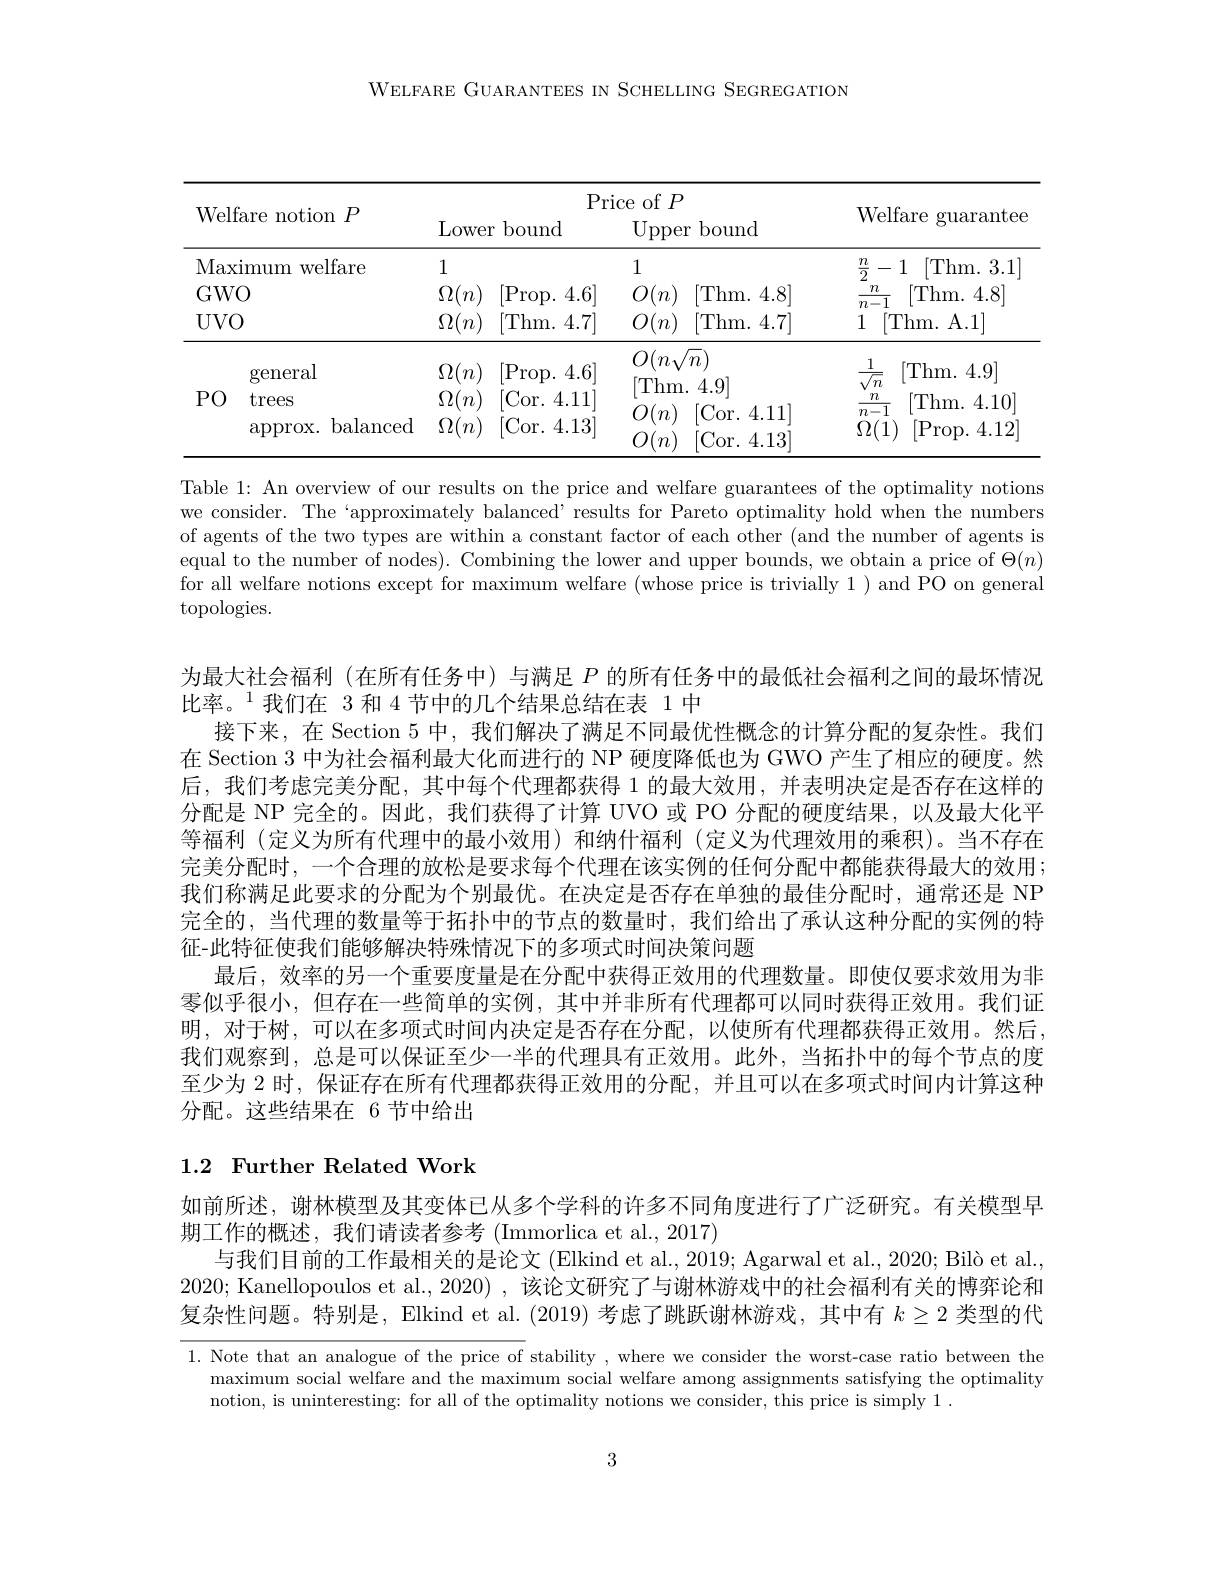
WELFARE GUARANTEES IN SCHELING SEGREGATION

<table>
	<tbody>
		<tr>
			<th colspan="2">Welfare notion $P$</th>
			<th>Lower</th>
			<th>$Pr$ bound</th>
			<th>e of $P$ ${\mathrm{Upper~bound}}$</th>
			<th>Welfare 1 guarantee</th>
		</tr>
		<tr>
			<td>$Max.$</td>
			<td>mum welfare</td>
			<td>1</td>
			<td> </td>
			<td>1</td>
			<td>$\frac{n}{2}-1$ [Thm.3.1]</td>
		</tr>
		<tr>
			<td>$GW($</td>
			<td> </td>
			<td>$\Omega($ $n$ </td>
			<td>[Prop.4.6]</td>
			<td>Thm. 4. 8</td>
			<td>$\boldsymbol{\eta}$ Thm. 4. 8 $n-1$</td>
		</tr>
		<tr>
			<td>$UVC$</td>
			<td> </td>
			<td>$\Omega(n)$</td>
			<td>[Thm. 4.7]</td>
			<td>$O(n)$ [Thm.4.7]</td>
			<td>[Thm. A.1] 1</td>
		</tr>
		<tr>
			<td rowspan="4">PO</td>
			<td>general</td>
			<td>$\Omega$ $m$</td>
			<td>[Prop.4.6]</td>
			<td>$O(n{\sqrt{n}})$</td>
			<td>[Thm.4.9]</td>
		</tr>
		<tr>
			<td>trees</td>
			<td>$\Omega$ $m$</td>
			<td>Cor. 4. 11</td>
			<td> </td>
			<td>$m$ [Thm. 4.10] T</td>
		</tr>
		<tr>
			<td>balanced $\operatorname{approx}.$</td>
			<td>$\Omega(n)$</td>
			<td>[Cor.4.13]</td>
			<td>Cor.4.11 Cor. 4. 13 $\eta$</td>
			<td>$\left|l_{1}-1\right|$ $\Omega(1)$ [Prop.4.12]</td>
		</tr>
		<tr>
			<td>$appp10\Lambda.$ DaldllCU 1 $\frac{1}{2}=\frac{1}{2}$</td>
			<td>$\Delta L(1l$,</td>
			<td>$\pm.10$ $VWL_{1}$</td>
			<td>$O(n)$ Cor. 4. 13</td>
			<td>1/11 $.0p.$ $4.1\angle$ 人 2</td>
		</tr>
	</tbody>
</table>

Table 1: An overview of our results on the price and welfare guarantees of the optimality notions we consider. The‘approximately balanced’results for Pareto optimality hold when the numbers of agents of the two types are within a constant factor of each other (and the number of agents is equal to the number of nodes). Combining the lower and upper bounds, we obtain a price of $\Theta(n)$ for all welfare notions except for maximum welfare (whose price is trivially 1 ) and PO on general topologies.

为最大社会福利 (在所有任务中) 与满足$P$的所有任务中的最低社会福利之间的最坏情况
比率。$^{1}$我们在 3 和 4节中的几个结果总结在表 1 中
接下来，在 Section 5 中，我们解决了满足不同最优性概念的计算分配的复杂性。我们在 Section 3中为社会福利最大化而进行的 NP 硬度降低也为 GWO 产生了相应的硬度。然后，我们考虑完美分配，其中每个代理都获得 1 的最大效用，并表明决定是否存在这样的分配是 NP 完全的。因此，我们获得了计算 UVO 或 PO 分配的硬度结果，以及最大化平等福利(定义为所有代理中的最小效用)和纳什福利(定义为代理效用的乘积)。当不存在完美分配时，一个合理的放松是要求每个代理在该实例的任何分配中都能获得最大的效用； 我们称满足此要求的分配为个别最优。在决定是否存在单独的最佳分配时，通常还是 NP 完全的，当代理的数量等于拓扑中的节点的数量时，我们给出了承认这种分配的实例的特征-此特征使我们能够解决特殊情况下的多项式时间决策问题
最后，效率的另一个重要度量是在分配中获得正效用的代理数量。即使仅要求效用为非零似乎很小，但存在一些简单的实例，其中并非所有代理都可以同时获得正效用。我们证明，对于树，可以在多项式时间内决定是否存在分配，以使所有代理都获得正效用。然后， 我们观察到，总是可以保证至少一半的代理具有正效用。此外，当拓扑中的每个节点的度至少为 2 时，保证存在所有代理都获得正效用的分配，并且可以在多项式时间内计算这种分配。这些结果在 6 节中给出

## 1.2 Further Related Work

如前所述，谢林模型及其变体已从多个学科的许多不同角度进行了广泛研究。有关模型早
期工作的概述，我们请读者参考 (Immorlica et al., 2017)
与我们目前的工作最相关的是论文 (Elkind et al., 2019; Agarwal et al., 2020; Bilò et al., 2020; Kanellopoulos et al., 2020) , 该论文研究了与谢林游戏中的社会福利有关的博弈论和复杂性问题。特别是，Elkind et al. (2019)考虑了跳跃谢林游戏，其中有$k\geq2$类型的代

1. Note that an analogue of the price of stability , where we consider the worst-case ratio between the
maximum social welfare and the maximum social welfare among assignments satisfying the optimality
notion, is uninteresting: for all of the optimality notions we consider, this price is simply 1.

3